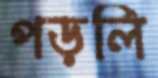
পড়লি